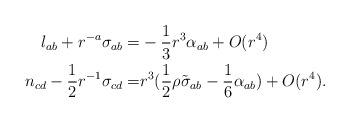
\begin{align*}l_{ab}+r^{-a}\sigma_{ab}=&-\frac{1}{3}r^3\alpha_{ab}+O(r^4)\\n_{cd}-\frac{1}{2} r^{-1}\sigma_{cd}= &r^3( \frac{1}{2}\rho \tilde \sigma_{ab}- \frac{1}{6}\alpha_{ab})+O(r^4).\end{align*}